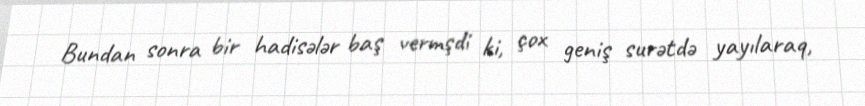
Bundan sonra bir hadisələr baş vermşdi ki, çox geniş surətdə yayılaraq,